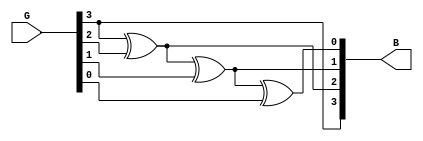
`timescale 1ns / 1ps
//////////////////////////////////////////////////////////////////////////////////
// Design Name: Gray to Binary
// Module Name:    G_B 
// Project Name: Gray to Binary code converter 
// Tool versions: Xilinx ISE Design Suit 14.7
// Revision 0.01 - File Created
//////////////////////////////////////////////////////////////////////////////////
module G_B(G,B);
input [3:0]G;
output [3:0]B;
assign B[3]=G[3];
assign B[2]=G[3]^G[2];
assign B[1]=G[3]^G[2]^G[1];
assign B[0]=G[3]^G[2]^G[1]^G[0];
endmodule